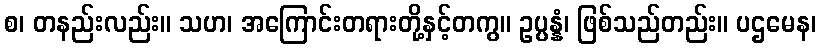
စ၊ တနည်းလည်း။ သဟ၊ အကြောင်းတရားတို့နှင့်တကွ။ ဥပ္ပန္နံ၊ ဖြစ်သည်တည်း။ ပဌမေန၊